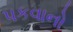
પકવાનો